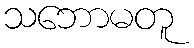
သဘောမတူ